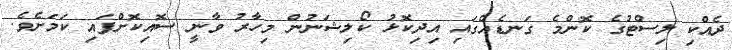
ދެއްކި ލިސްޓުގެ ކޮންމެ ގަނޑެއްގައި އިދިކޮޅު ކޯލިޝަނުން މިހާރު ވާނީ ސޮއިކޮށްފައި ކަަމަށެވެ.